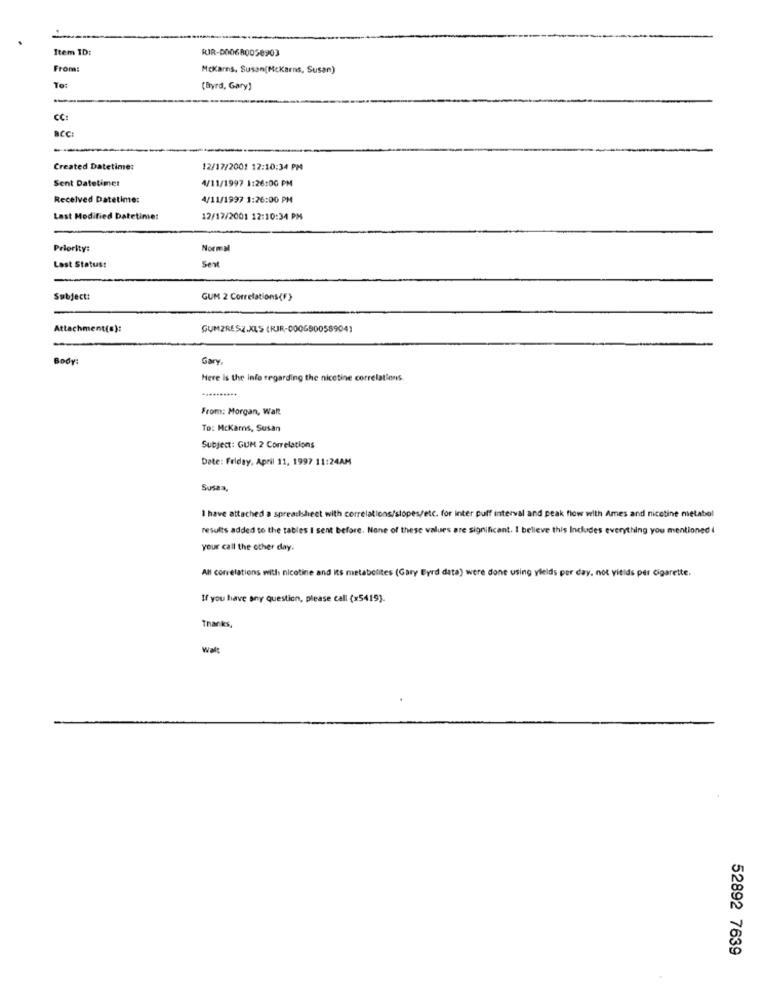
Item ID:
RJR-000680058903
From:
McKarns, Susan(McKarns, Susan)
To:
(Byrd, Gary)
CC:
Created Datetime:
12/17/2001 12:10:34 PM
Sent Datetimes
4/11/1997 1:26:00 PM
Received Datetime:
4/11/1997 1:26:00 PM
Last Modified Datetime:
12/17/2001 12:10:34 PM
Priority:
Normal
Sent
Lost Status:
Subject:
GUM 2 Correlations(F)
Attachment(s):
GUMZRESZ.XLS (RJR-000680058904)
Body:
Gary
Here is the info regarding the nicetine correlations.
From: Morgan, Walt
To: McKarns, Susan
Subject: GUM 2 Correlations
Date: Friday, April 11, 1997 11:24AM
Susan,
I have attached a spreadsheet with correlations/slopes/etc. for inter puff interval and peak flow with Ames and nicetine metabol
results added to the tables I sent before. None of these values are significant. I believe this Includes everything you mentioned i
your call the other day.
All correlations with nicotine and its metabolites (Gary Byrd data) were done using yields per day, not vitids per cigarette.
If you have any question, please call (x5419).
Thanks,
Walt
52892 7639